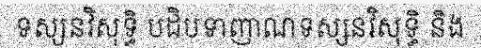
ទស្សនវិសុទ្ធិ បដិបទាញាណទស្សនវិសុទ្ធិ និង